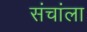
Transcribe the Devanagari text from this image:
संचांला